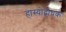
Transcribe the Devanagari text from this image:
हास्योद्बोधक